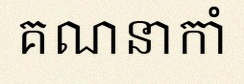
គណនាកាំ